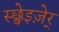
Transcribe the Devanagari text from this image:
स्छ्वेइज़ेर्